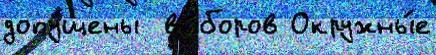
допу́щены  вы́боров Окружны́е